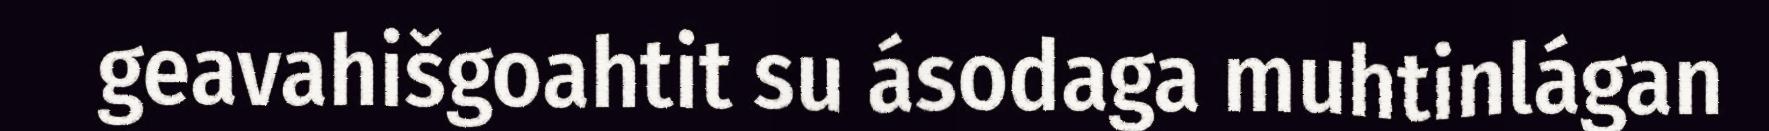
geavahišgoahtit su ásodaga muhtinlágan